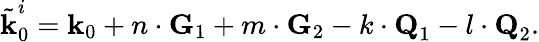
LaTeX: \tilde{\textbf{k}}_{0}^{i}=\textbf{k}_{0}+n\cdot\textbf{G}_{1}+m\cdot\textbf{G}_{2}-k\cdot\textbf{Q}_{1}-l\cdot\textbf{Q}_{2}.